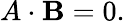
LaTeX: A\cdot\mathbf{B}=0.